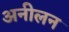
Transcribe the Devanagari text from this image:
अनीलन